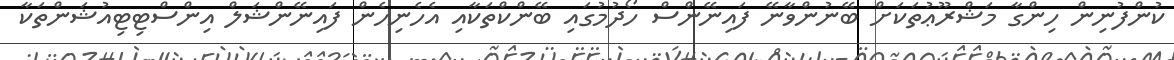
ކުންފުނިން ހިންގާ މަޝްރޫޢުތަކަށް ބޭނުންވާނޭ ފައިނޭންސް ހޯދުމުގައި ބޭންކްތަކާއި އެހެނިހެން ފައިނޭންޝަލް އިންސްޓިޓިއުޝަންތަކާ